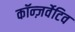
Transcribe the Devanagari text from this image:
कॉन्ज़र्वेटिव